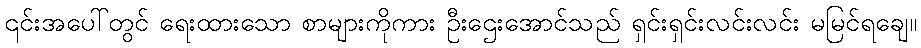
၎င်းအပေါ်တွင် ရေးထားသော စာများကိုကား ဦးဌေးအောင်သည် ရှင်းရှင်းလင်းလင်း မမြင်ရချေ။